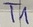
Text: T1